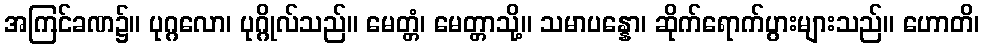
အကြင်ခဏ၌။ ပုဂ္ဂလော၊ ပုဂ္ဂိုလ်သည်။ မေတ္တံ၊ မေတ္တာသို့။ သမာပန္နော၊ ဆိုက်ရောက်ပွားများသည်။ ဟောတိ၊